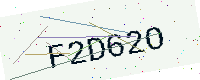
Text: F2D62O